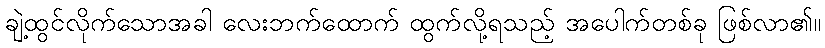
ချဲ့ထွင်လိုက်သောအခါ လေးဘက်ထောက် ထွက်လို့ရသည့် အပေါက်တစ်ခု ဖြစ်လာ၏။